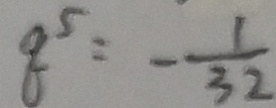
8 ^ { 5 } = - \frac { 1 } { 3 2 }